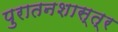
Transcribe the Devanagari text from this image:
पुरातनशास्त्र